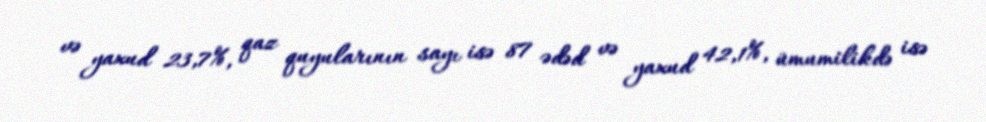
və yaxud 23,7%, qaz quyularının sayı isə 87 ədəd və yaxud 42,1%, ümumilikdə isə